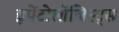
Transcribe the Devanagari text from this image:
हृपेंटोलॉजिस्ट्स